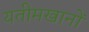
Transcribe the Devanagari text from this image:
यतीमखानों